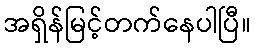
အရှိန်မြင့်တက်နေပါပြီ။